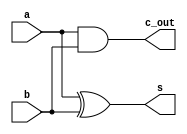
// Code your design here
module half_add(input a, b , output s, c_out);
  assign s = a ^ b;
  assign c_out = a & b;
endmodule

module full_add(input a,b,c_in,output s,c_out);
  wire temp_1,temp_2,temp_3;
  half_add ha_1(a,b,temp_1,temp_2);
  half_add ha_2(temp_1,c_in,s,temp_3);
  assign c_out = temp_2 | temp_3;
endmodule

module vedic_2x2(mul_1,mul_2,product);
  input [1:0]mul_1;
  input [1:0]mul_2;
  output  [3:0] product;
  wire [3:0] temp;
  half_add ha_1 (temp[0],temp[1],product[1],temp[2]);
  half_add ha_2 (temp[2],temp[3],product[2],product[3]);
  assign product[0] = mul_1[0] & mul_2[0];
  assign temp[0] = mul_1[0] & mul_2[1];
  assign temp[1] = mul_1[1] & mul_2[0];
  assign temp[3] = mul_1[1] & mul_2[1];
endmodule

module add_4bit(add_1,add_2,summed_up);
  parameter N=4;
  input [N-1:0] add_1,add_2;
  output [N-1:0] summed_up;
  wire  carry_out;
  wire [N-1:0] intra_carry;
  genvar i;
  generate 
    for(i=0;i<N;i=i+1)
      begin: generate_N_bit_Adder
        if(i==0) half_add f(add_1[0],add_2[0],summed_up[0],intra_carry[0]);
        else full_add f(add_1[i],add_2[i],intra_carry[i-1],summed_up[i],intra_carry[i]);
      end
    assign carry_out = intra_carry[N-1];
  endgenerate
endmodule

module add_6bit(add_1,add_2,summed_up);
  parameter N=6;
  input [N-1:0] add_1,add_2;
  output [N-1:0] summed_up;
  wire  carry_out;
  wire [N-1:0] intra_carry;
  genvar i;
  generate 
  for(i=0;i<N;i=i+1)
    begin: generate_N_bit_Adder
      if(i == 0) half_add ha(add_1[0],add_2[0],summed_up[0],intra_carry[0]);
      else full_add fa(add_1[i],add_2[i],intra_carry[i-1],summed_up[i],intra_carry[i]);
    end
    assign carry_out = intra_carry[N-1];
  endgenerate
endmodule

module vedic_4x4(mul_1,mul_2,product);
  input [3:0]mul_1;
  input [3:0]mul_2;
  output [7:0]product;
  wire [3:0]q[5:0];	
  wire [7:0]product;
  wire [5:0]temp[4:0];
  
  vedic_2x2 vm_1(mul_1[1:0],mul_2[1:0],q[0]);
  vedic_2x2 vm_2(mul_1[3:2],mul_2[1:0],q[1]);
  vedic_2x2 vm_3(mul_1[1:0],mul_2[3:2],q[2]);
  vedic_2x2 vm_4(mul_1[3:2],mul_2[3:2],q[3]);
  
  add_4bit b4a(q[1],q[5],q[4]);
  add_6bit b6a(temp[0],temp[1],temp[3]);
  add_6bit b6b(temp[2],temp[3],temp[4]);
  
  //add_4bit b4a_1 (.add_1(q1),.add_2(temp1),.summed_up(q4));
  //add_6bit b6a_1(.add1(temp2),.add2(temp3),.summedup(q5));
  //add_6bit b6a_2(.add1(temp4),.add2(q5),.summedup(q6));

  
  assign q[5] ={2'b00,q[0][3:2]};
  assign temp[0] ={2'b00,q[2]};
  assign temp[1] ={q[3],2'b00};
  assign temp[2]={2'b00,q[4]};
  assign product[1:0]=q[0][1:0];
  assign product[7:2]=temp[4];
  
endmodule

module add_8bit(add_1,add_2,summed_up);
  parameter N=8;
  input [N-1:0] add_1,add_2;
  output [N-1:0] summed_up;
  wire  carry_out;
  wire [N-1:0] intra_carry;
  genvar i;
  generate 
    for(i=0;i<N;i=i+1)
      begin: generate_N_bit_Adder
        if(i==0) half_add f(add_1[0],add_2[0],summed_up[0],intra_carry[0]);
        else full_add f(add_1[i],add_2[i],intra_carry[i-1],summed_up[i],intra_carry[i]);
      end
    assign carry_out = intra_carry[N-1];
  endgenerate
endmodule

module add_12bit(add_1,add_2,summed_up);
  parameter N=12;
  input [N-1:0] add_1,add_2;
  output [N-1:0] summed_up;
  wire  carry_out;
  wire [N-1:0] intra_carry;
  genvar i;
  generate 
    for(i=0;i<N;i=i+1)
      begin: generate_N_bit_Adder
        if(i==0) half_add f(add_1[0],add_2[0],summed_up[0],intra_carry[0]);
        else full_add f(add_1[i],add_2[i],intra_carry[i-1],summed_up[i],intra_carry[i]);
      end
    assign carry_out = intra_carry[N-1];
  endgenerate
endmodule

module vedic_8x8(mul_1,mul_2,product);   
	input [7:0]mul_1;
	input [7:0]mul_2;
	output [15:0]product;

    wire [7:0]q[5:0];	
	wire [11:0]temp[4:0];
  
  vedic_4x4 vm4_1(mul_1[3:0],mul_2[3:0],q[0]);
  vedic_4x4 vm4_2(mul_1[7:4],mul_2[3:0],q[1]);
  vedic_4x4 vm4_3(mul_1[3:0],mul_2[7:4],q[2]);
  vedic_4x4 vm4_4(mul_1[7:4],mul_2[7:4],q[3]);
  
  add_8bit a8_1(q[1][7:0],q[5],q[4]);
  add_12bit a12_1(temp[0],temp[1],temp[3]);
  add_12bit a12_2(temp[2],temp[3],temp[4]);

  assign q[5] ={4'b0000,q[0][7:4]};
  assign temp[0] ={4'b0000,q[2][7:0]};
  assign temp[1] ={q[3][7:0],4'b0000};
  assign temp[2]={4'b0000,q[4]};
  
  assign product[3:0]=q[0][3:0];
  assign product[15:4]=temp[4];

endmodule